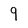
Character: 9